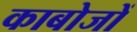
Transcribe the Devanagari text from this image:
काबोजों